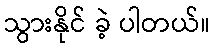
သွားနိုင် ခဲ့ ပါတယ်။